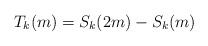
LaTeX: \begin{align*} T_{k}(m)= S_{k}(2m)-S_{k}(m)\end{align*}